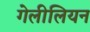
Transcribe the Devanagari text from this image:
गेलीलियन